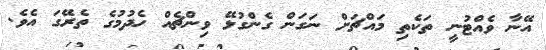
އޭނާ ވެއްޓުނީ ތަކެތި މައްޗަށް ނަގަން ގެންގުޅޭ ވިންޗެއް ހެދުމުގެ ތެރޭގަ އެވެ.